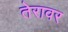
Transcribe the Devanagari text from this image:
तेरावर